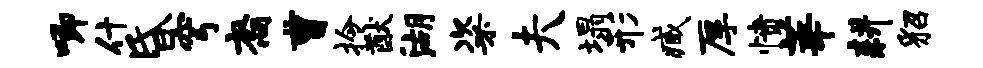
唧什昏穹裔曹拎猷湖粢夫塌形臧厚愤莘耕貂